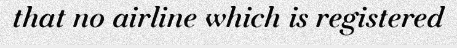
that no airline which is registered